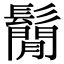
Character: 鬜